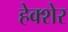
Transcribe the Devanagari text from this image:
हेक्शेर